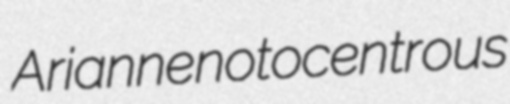
Arianne notocentrous